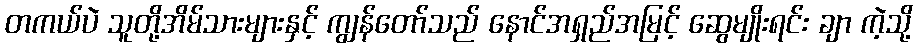
တကယ်ပဲ သူတို့အိမ်သားများနှင့် ကျွန်တော်သည် နောင်အရှည်အမြင့် ဆွေမျိုးရင်း ချာ ကဲ့သို့